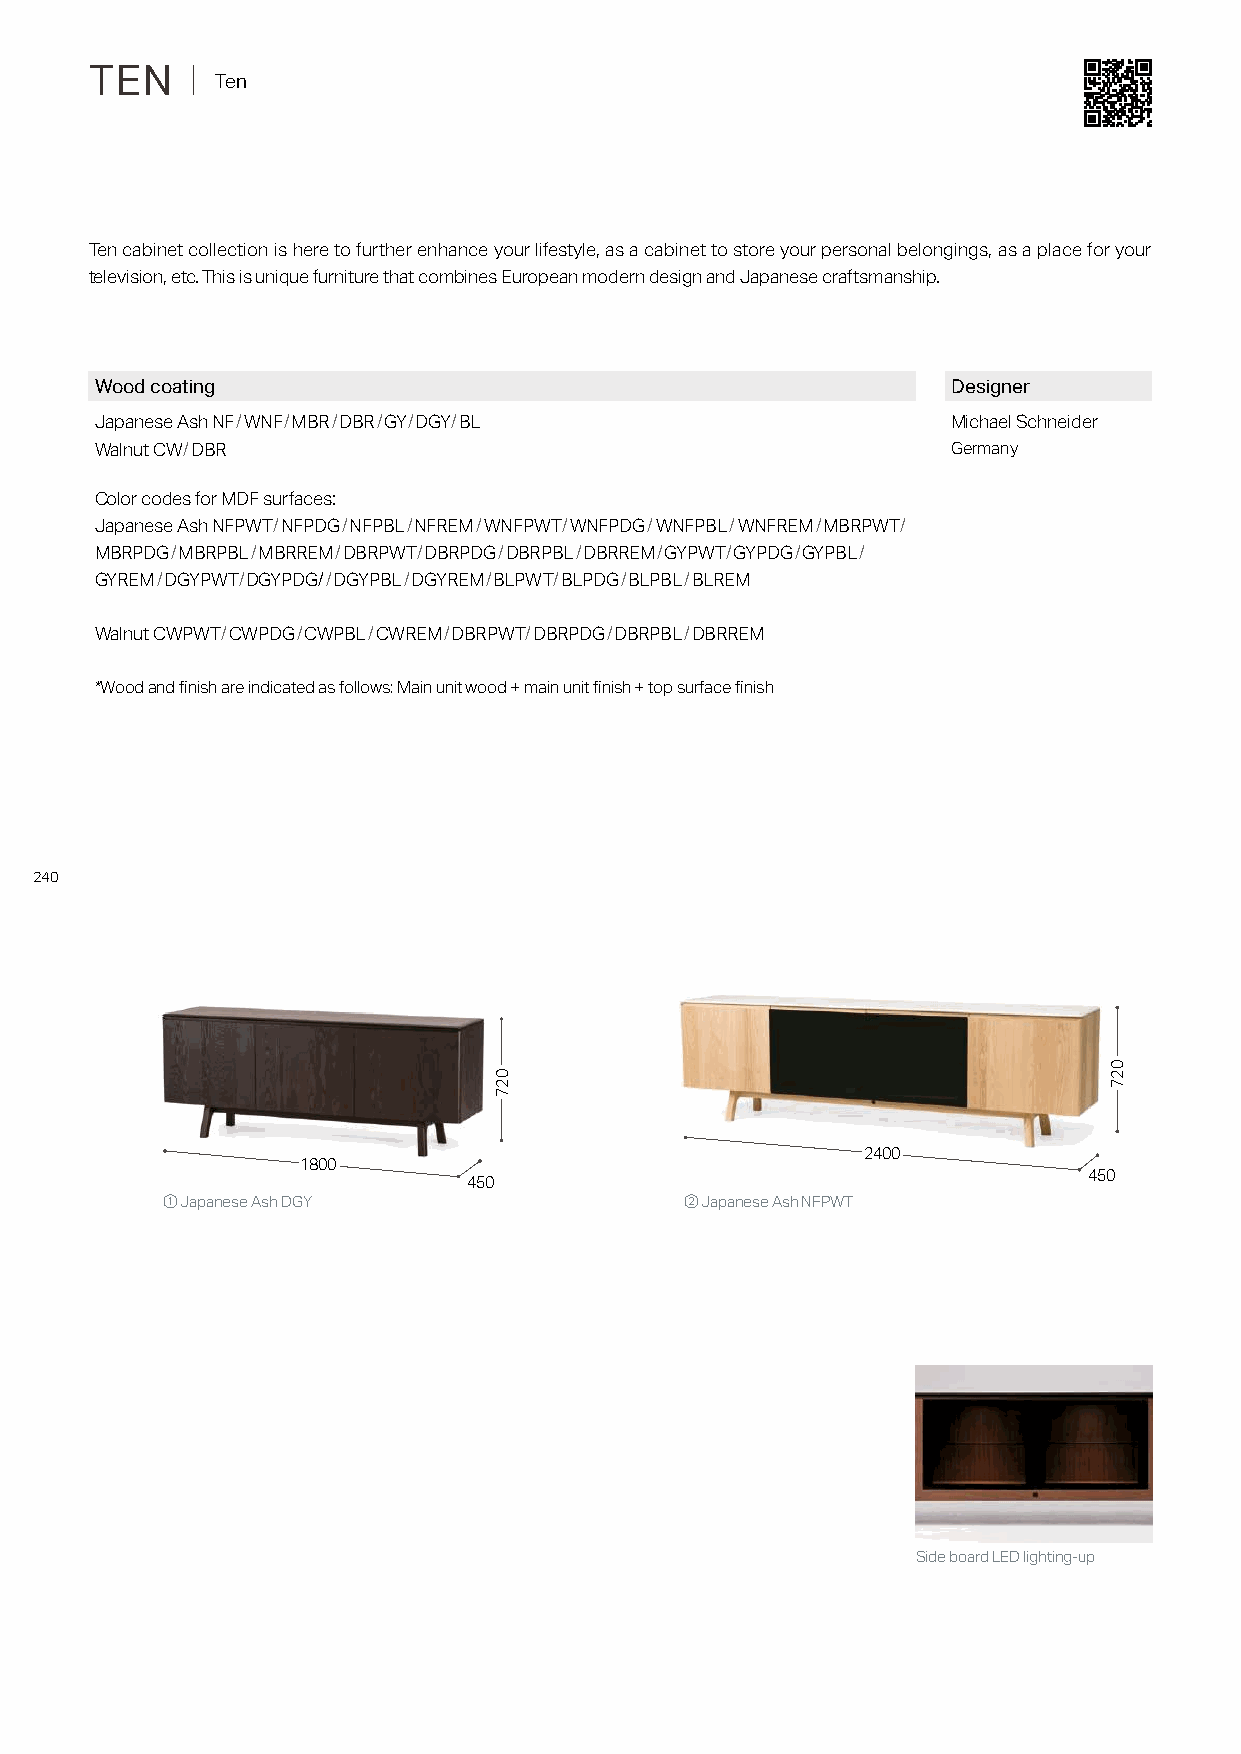
TEN   ｜ Ten
 Ten cabinet collection is here to further enhance your lifestyle, as a cabinet to store your personal belongings, as a place for your
 television, etc. This is unique furniture that combines European modern design and Japanese craftsmanship.
 Wood coating                                             Designer
 Japanese Ash NF/WNF/MBR/DBR/GY/DGY/BL                    Michael Schneider
 Walnut CW/DBR                                            Germany
 Color codes for MDF surfaces:
 Japanese Ash NFPWT/NFPDG/NFPBL/NFREM/WNFPWT/WNFPDG/WNFPBL/WNFREM/MBRPWT/
 MBRPDG/MBRPBL/MBRREM/DBRPWT/DBRPDG/DBRPBL/DBRREM/GYPWT/GYPDG/GYPBL/
 GYREM/DGYPWT/DGYPDG//DGYPBL/DGYREM/BLPWT/BLPDG/BLPBL/BLREM
 Walnut CWPWT/CWPDG/CWPBL/CWREM/DBRPWT/DBRPDG/DBRPBL/DBRREM
 *Wood and finish are indicated as follows: Main unit wood + main unit finish + top surface finish
 240
 2400
 1800
 450
 450
 ① Japanese Ash DGY                ② Japanese Ash NFPWT
 Side board LED lighting-up
 027
 027